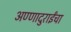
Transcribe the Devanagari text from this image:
अण्णादुराईंचा